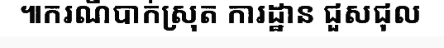
៕ករណីបាក់ស្រុត ការដ្ឋាន ជួសជុល